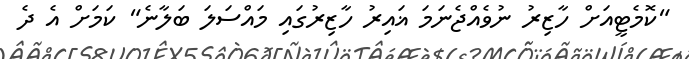
"ކޮމެޓީއަށް ހާޒިރު ނުވެއްޖެނަމަ ޣައިރު ހާޒިރުގައި މައްސަލަ ބަލާނެ" ކަމަށް އެ ދެ